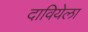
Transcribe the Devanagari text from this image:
दावियेला